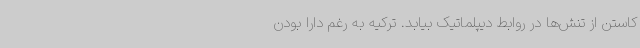
کاستن از تنش‌ها در روابط دیپلماتیک بیابد. ترکیه به رغم دارا بودن